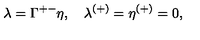
\lambda = \Gamma ^ { + - } \eta , \quad \lambda ^ { ( + ) } = \eta ^ { ( + ) } = 0 ,